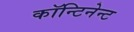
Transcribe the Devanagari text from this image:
कॉन्टिनेन्ट